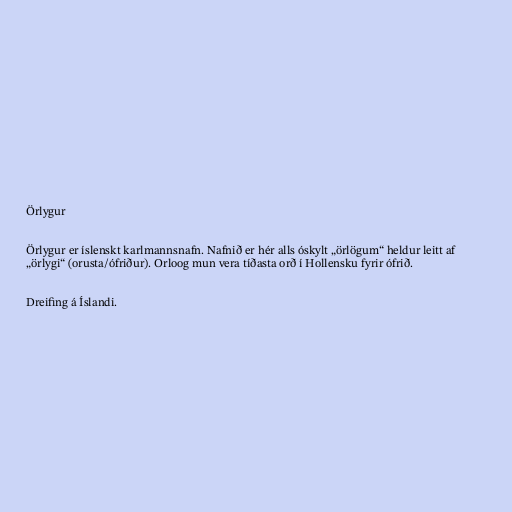
Örlygur

Örlygur er íslenskt karlmannsnafn. Nafnið er hér alls óskylt „örlögum“ heldur leitt af
„örlygi“ (orusta/ófriður). Orloog mun vera tíðasta orð í Hollensku fyrir ófrið.

Dreifing á Íslandi.